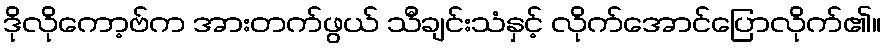
ဒိုလိုကော့ဗ်က အားတက်ဖွယ် သီချင်းသံနှင့် လိုက်အောင်ပြောလိုက်၏။